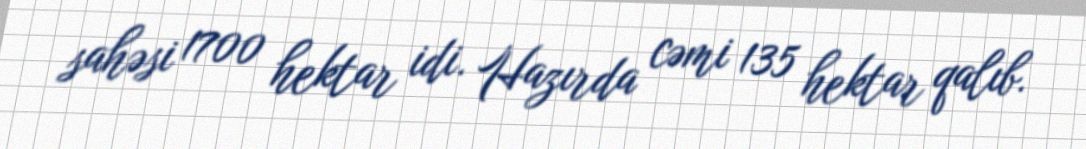
sahəsi 1700 hektar idi. Hazırda cəmi 135 hektar qalıb.